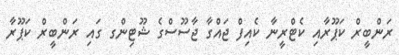
ރަންބީރް ކަޕޫރާއި ކެޓްރީނާ ކެއިފް ޖައްގާ ޖާސޫސްގެ ޝޫޓިންގ ގައި ރަންބީރް ކަޕޫރާ